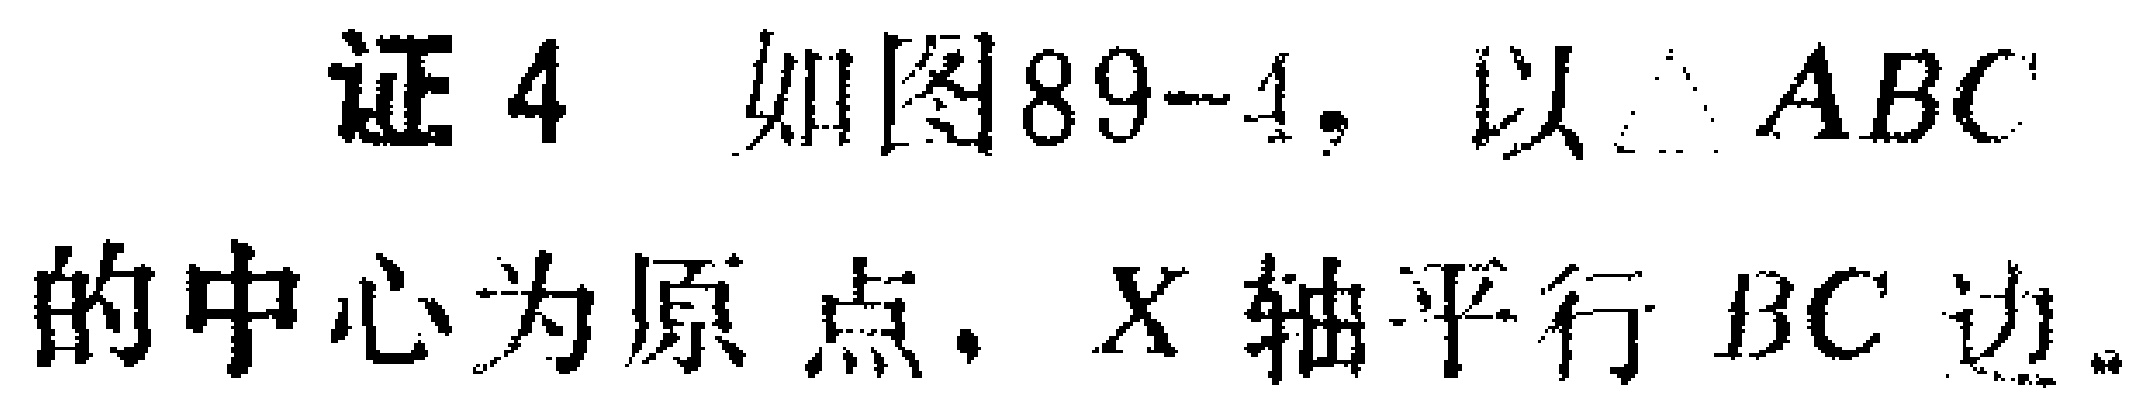
证4 如图89 - 4，以$\triangle ABC$的中心为原点，$X$轴平行$BC$边。